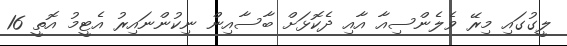
ލީގުގައި މިރޭ ވެލެންސިއާ އާއި ދެކޮޅަށް ބާސާއިން ނިކުންނައިރު އެޓީމު އޮތީ 16